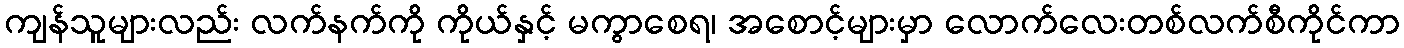
ကျန်သူများလည်း လက်နက်ကို ကိုယ်နှင့် မကွာစေရ၊ အစောင့်များမှာ လောက်လေးတစ်လက်စီကိုင်ကာ